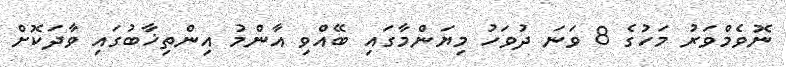
ނޮވެމްވަރު މަހުގެ 8 ވަނަ ދުވަހު މިޔަންމާގައި ބޭއްވި އާންމު އިންތިޚާބުގައި ވާދަކޮށް